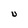
Character: U